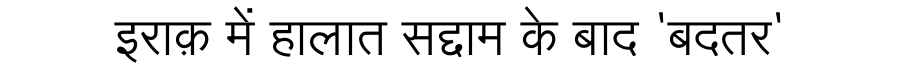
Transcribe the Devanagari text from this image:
इराक़ में हालात सद्दाम के बाद 'बदतर'